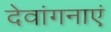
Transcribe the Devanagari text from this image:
देवांगनाएं